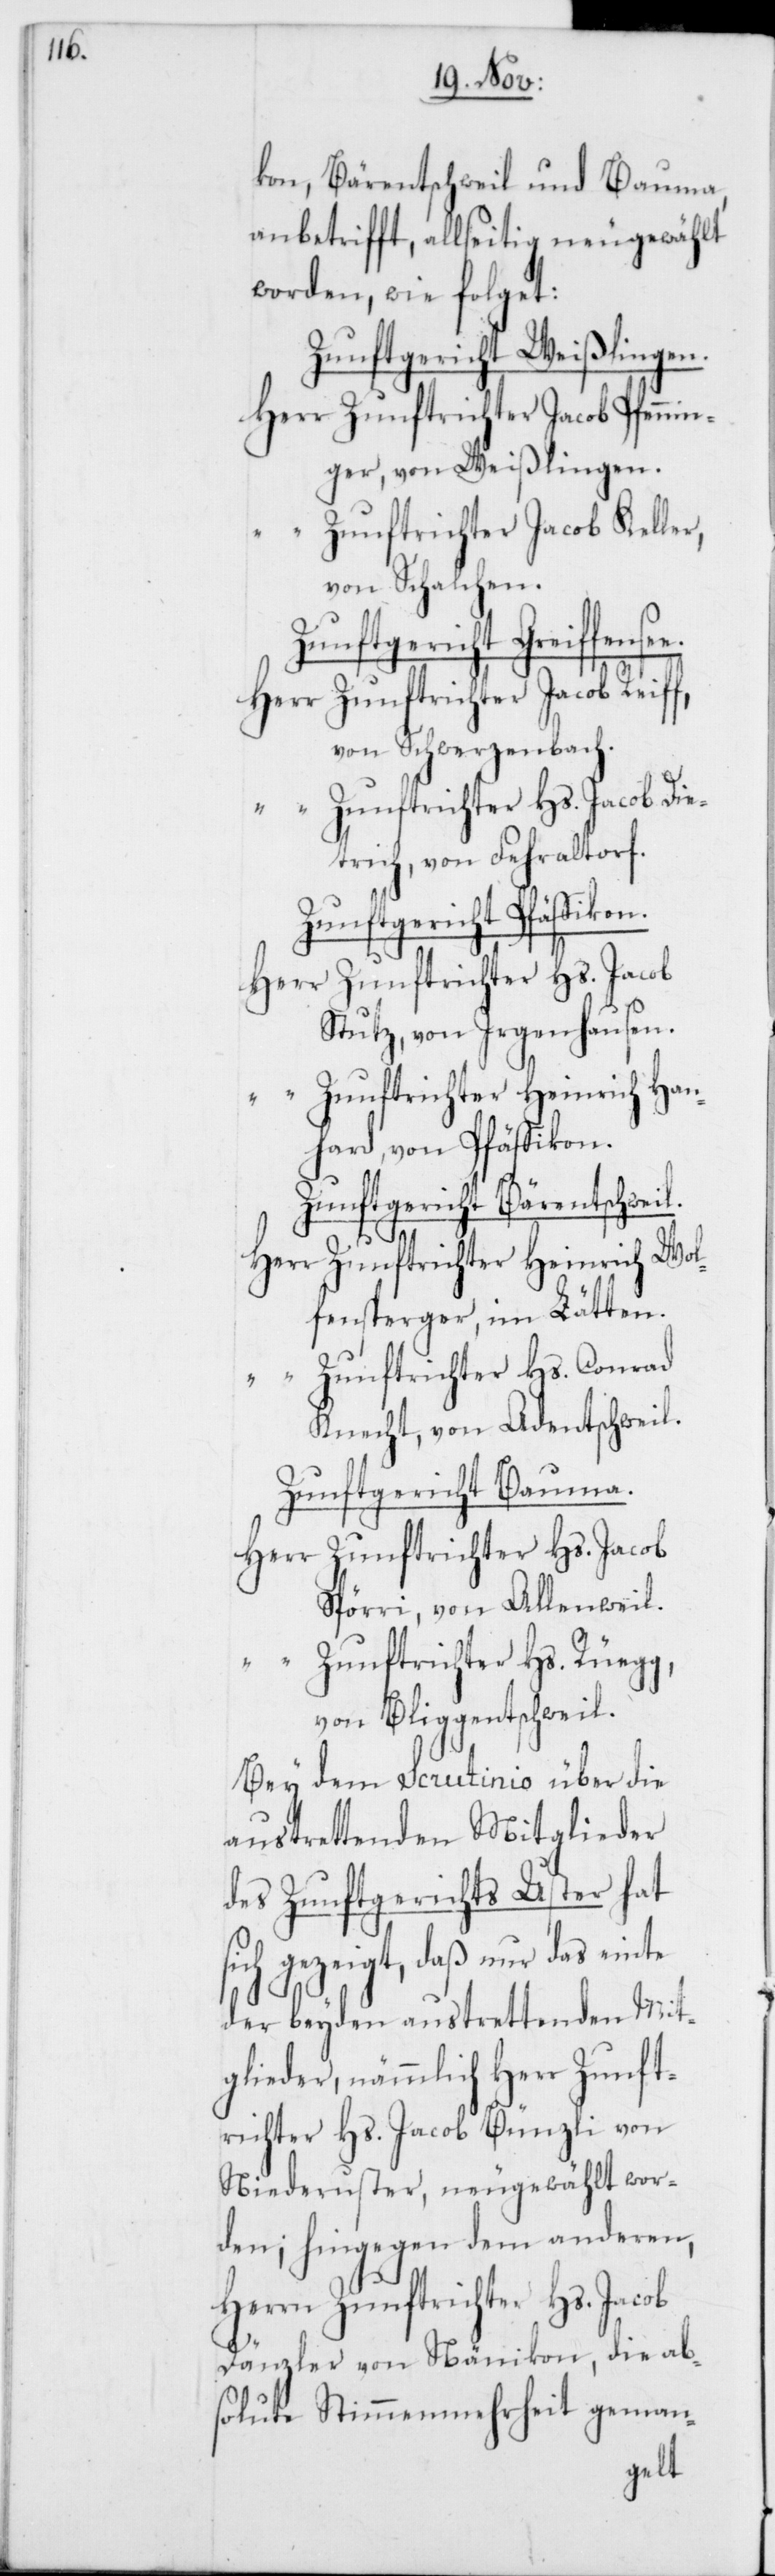
kon, Bäretschweil und Bauma,
anbetrifft, allseitig neugewählt
worden, wie folget:
Zunftgericht Weißlingen.
Herr Zunftrichter Jacob Pfennin¬
ger, von Weißlingen.
“ Zunftrichter Jacob Keller,
von Schalchen.
Zunftgericht Pfäffikon.
Herr Zunftrichter Jacob Reiff,
von Schwerzenbach.
“ Zunftrichter Hs. Jacob Die¬
trich, von Fehraltorf.
Herr Zunftrichter Hs. Jacob
Stutz, von Irgenhausen.
“ Zunftrichter Heinrich Han¬
hard, von Pfäffikon.
Zunftgericht Bärentschweil.
Herr Zunftrichter Heinrich Wol¬
fensperger, im Lätten.
“ Zunftrichter Hs. Conrad
Knecht, von Adetschweil.
Zunftgericht Bauma.
Herr Zunftrichter Hs. Jacob
Spörri, von Allenweil.
“ Zunftrichter Hs. Rüegg,
von Bliggentschweil.
Bey dem Scrutinio über die
austrettenden Mitglieder
des Zunftgerichts Uster hat
sich gezeigt, daß nur das einte
der beyden austrettenden Mit¬
glieder, nämmlich Herr Zunft¬
richter Hs. Jacob Bünzli von
Niederuster, neugewählt wor¬
den; hingegen dem anderen,
Herrn Zunftrichter Hs. Jacob
Dänzler von Nänikon, die ab¬
solute Stimmenmehrheit geman-
see.